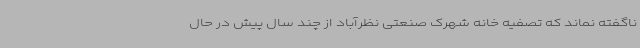
ناگفته نماند که تصفیه خانه شهرک صنعتی نظرآباد از چند سال پیش در حال